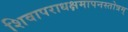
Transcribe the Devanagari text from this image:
शिवापराधक्षमापनस्तोत्रम्